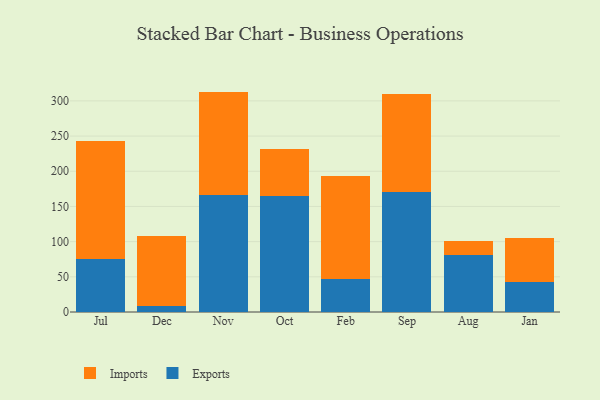
{"axis": {"x": "Month", "y": "Gross Profit (USD K)"}, "legend": ["Exports", "Imports"], "data": [{"x": "Jul", "y": 75.7, "type": "Exports"}, {"x": "Jul", "y": 167.4, "type": "Imports"}, {"x": "Dec", "y": 8.7, "type": "Exports"}, {"x": "Dec", "y": 99.7, "type": "Imports"}, {"x": "Nov", "y": 165.7, "type": "Exports"}, {"x": "Nov", "y": 147.5, "type": "Imports"}, {"x": "Oct", "y": 164.5, "type": "Exports"}, {"x": "Oct", "y": 67.3, "type": "Imports"}, {"x": "Feb", "y": 46.7, "type": "Exports"}, {"x": "Feb", "y": 146.3, "type": "Imports"}, {"x": "Sep", "y": 171.0, "type": "Exports"}, {"x": "Sep", "y": 138.5, "type": "Imports"}, {"x": "Aug", "y": 80.5, "type": "Exports"}, {"x": "Aug", "y": 19.9, "type": "Imports"}, {"x": "Jan", "y": 43.0, "type": "Exports"}, {"x": "Jan", "y": 62.6, "type": "Imports"}]}